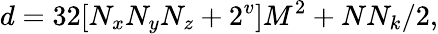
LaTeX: d=32[N_{x}N_{y}N_{z}+2^{v}]M^{2}+NN_{k}/2,